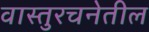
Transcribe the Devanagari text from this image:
वास्तुरचनेतील